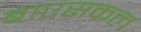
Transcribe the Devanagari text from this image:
बाएसकल